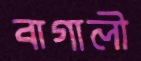
বাগালী